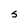
Character: S